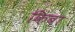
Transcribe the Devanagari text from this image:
किंबा